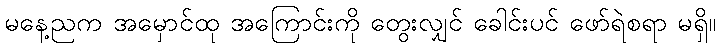
မနေ့ညက အမှောင်ထု အကြောင်းကို တွေးလျှင် ခေါင်းပင် ဖော်ရဲစရာ မရှိ။